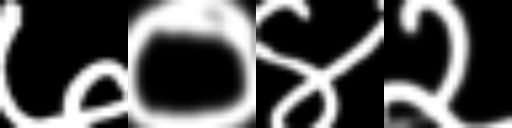
Text: ७०४२